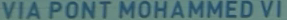
VIA PONT MOHAMMED VI